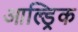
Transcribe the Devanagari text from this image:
आल्ड्रिक